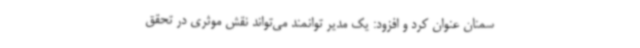
سمنان عنوان کرد و افزود: یک مدیر توانمند می‌تواند نقش موثری در تحقق